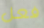
فعل